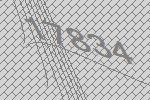
17834